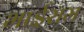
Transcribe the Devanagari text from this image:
भाईराम